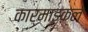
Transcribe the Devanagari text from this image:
कार्माइकल